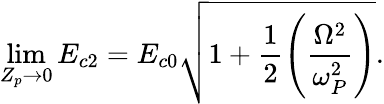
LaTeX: \operatorname*{lim}_{Z_{p}\rightarrow 0}E_{c2}=E_{c0}\sqrt{1+\frac{1}{2}\left(\frac{\Omega^{2}}{\omega_{P}^{2}}\right)}.